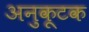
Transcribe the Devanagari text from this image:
अनुकूटक